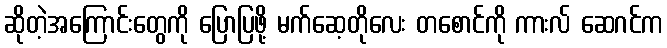
ဆိုတဲ့အကြောင်းတွေကို ပြောပြဖို့ မက်ဆေ့တိုလေး တစောင်ကို ကားလ် ဆေဂင်က